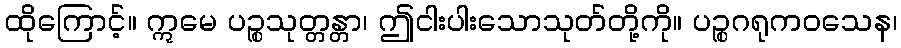
ထိုကြောင့်။ ဣမေ ပဉ္စသုတ္တန္တာ၊ ဤငါးပါးသောသုတ်တို့ကို။ ပဉ္စဂရုကဝသေန၊